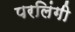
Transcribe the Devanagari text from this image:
परलिंगी